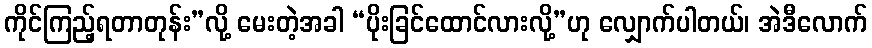
ကိုင်ကြည့်ရတာတုန်း”လို့ မေးတဲ့အခါ “ပိုးခြင်ထောင်လားလို့”ဟု လျှောက်ပါတယ်၊ အဲဒီလောက်